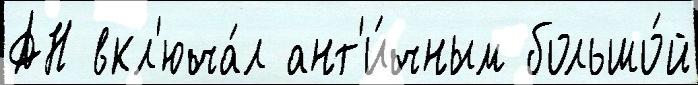
АН вкл'юча́л ант'и́чным большо́й